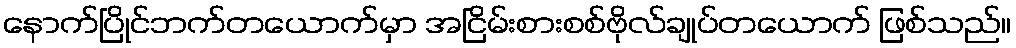
နောက်ပြိုင်ဘက်တယောက်မှာ အငြိမ်းစားစစ်ဗိုလ်ချုပ်တယောက် ဖြစ်သည်။